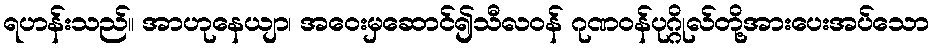
ရဟန်းသည်။ အာဟုနေယျာ၊ အဝေးမှဆောင်၍သီလဝန် ဂုဏဝန်ပုဂ္ဂိုလ်တို့အားပေးအပ်သော